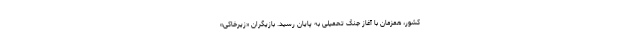
کشور، همزمان با آغاز جنگ تحمیلی به پایان رسید. بازیگران «زیرخاکی»